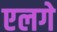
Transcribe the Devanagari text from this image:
एलगे